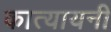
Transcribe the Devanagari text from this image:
कात्‍यायनी